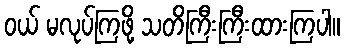
ဝယ် မလုပ်ကြဖို့ သတိကြီးကြီးထားကြပါ။